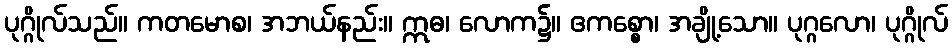
ပုဂ္ဂိုလ်သည်။ ကတမောစ၊ အဘယ်နည်း။ ဣဓ၊ လောက၌။ ဧကစ္စော၊ အချို့သော။ ပုဂ္ဂလော၊ ပုဂ္ဂိုလ်